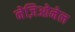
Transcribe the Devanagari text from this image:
नेज़िओनेल